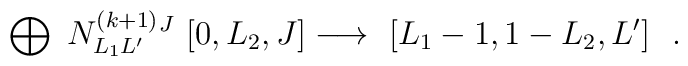
\bigoplus_{} \ N^{(k+1)}_{L_{1}L' }{}^{J} \ [0,L_{2},J]\longrightarrow \ \makebox[5cm][l]{$\displaystyle [L_{1}-1,1-L_{2},L']\ \ .$}